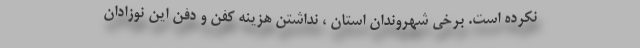
نکرده است. برخی شهروندان استان ، نداشتن هزینه کفن و دفن این نوزادان